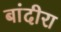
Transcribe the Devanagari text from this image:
बांदीरा